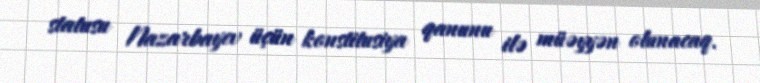
statusu Nazarbayev üçün konstitusiya qanunu ilə müəyyən olunacaq.